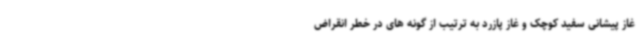
غاز پیشانی سفید کوچک و غاز پازرد به ترتیب از گونه های در خطر انقراض